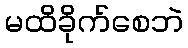
မထိခိုက်စေဘဲ